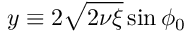
y \equiv 2 \sqrt { 2 \nu \xi } \sin \phi _ { 0 }